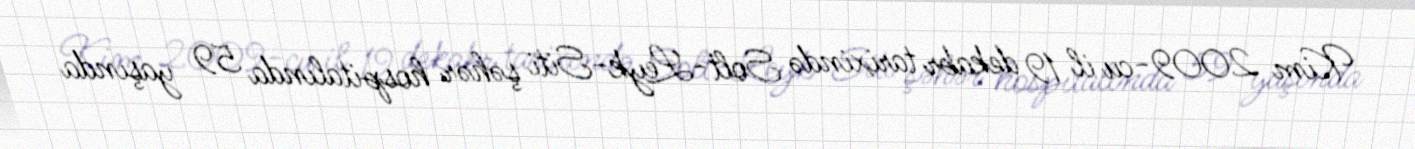
Kim 2009-cu il 19 dekabr tarixində Solt-Leyk-Siti şəhər hospitalında 59 yaşında